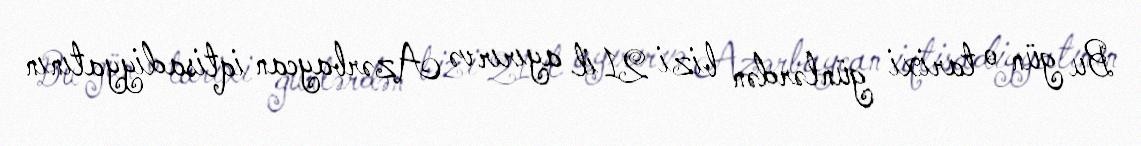
Bu gün o tarixi günlərdən bizi 21 il ayırır və Azərbaycan iqtisadiyyatının